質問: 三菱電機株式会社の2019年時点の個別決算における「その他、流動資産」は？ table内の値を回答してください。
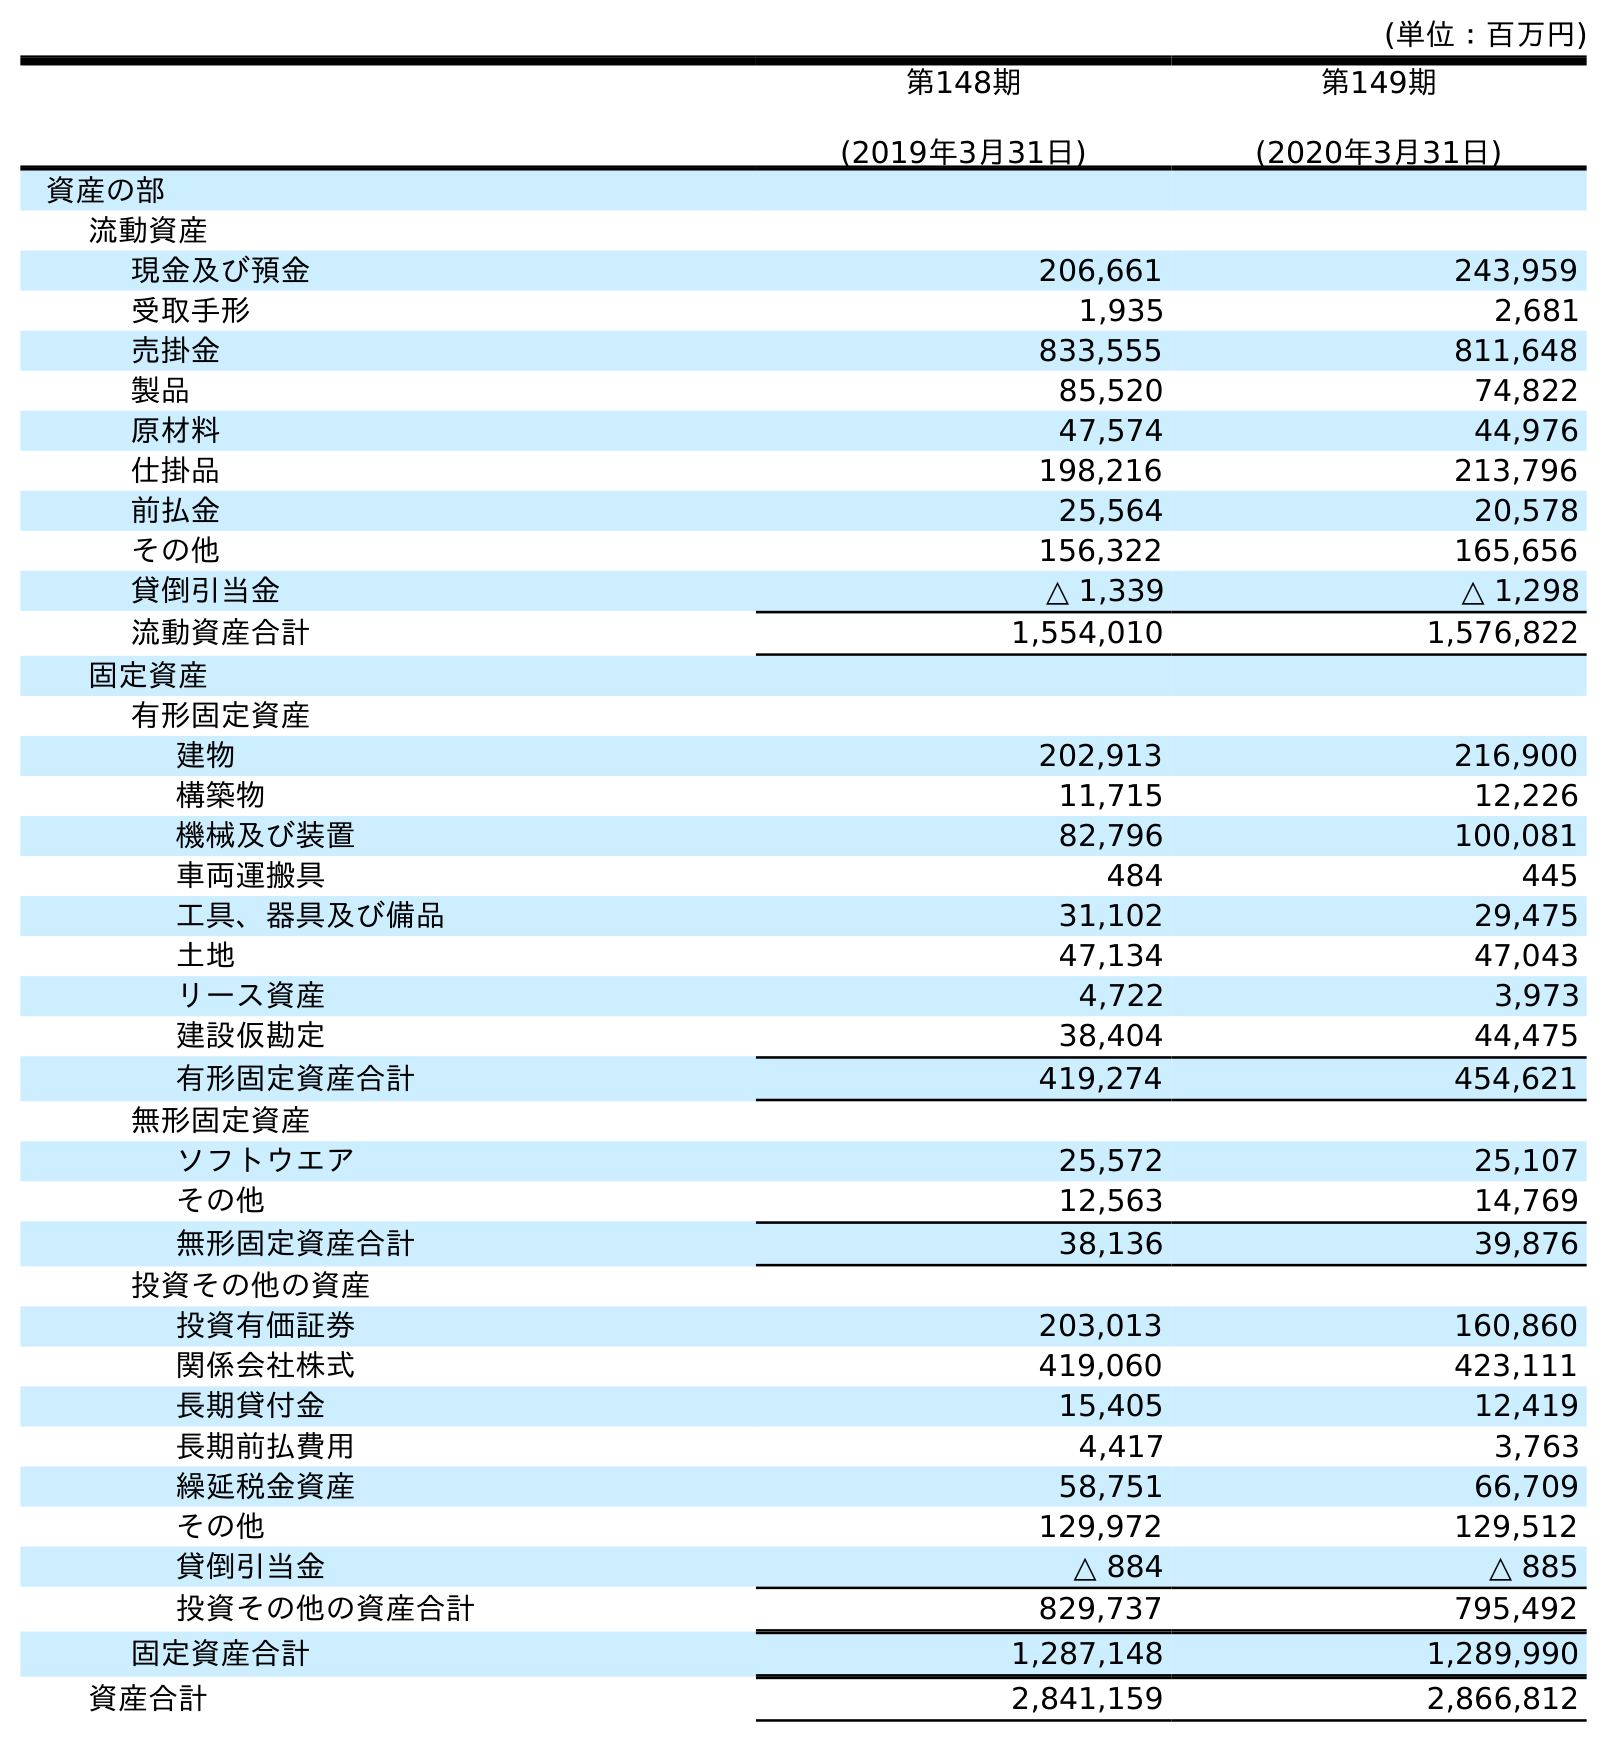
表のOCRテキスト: (単位：百万円) 第148期 (2019年3月31日) 第149期 (2020年3月31日) 資産の部 流動資産 現金及び預金 206,661 243,959 受取手形 1,935 2,681 売掛金 833,555 811,648 製品 85,520 74,822 原材料 47,574 44,976 仕掛品 198,216 213,796 前払金 25,564 20,578 その他 156,322 165,656 貸倒引当金 △ 1,339 △ 1,298 流動資産合計 1,554,010 1,576,822 固定資産 有形固定資産 建物 202,913 216,900 構築物 11,715 12,226 機械及び装置 82,796 100,081 車両運搬具 484 445 工具、器具及び備品 31,102 29,475 土地 47,134 47,043 リース資産 4,722 3,973 建設仮勘定 38,404 44,475 有形固定資産合計 419,274 454,621 無形固定資産 ソフトウエア 25,572 25,107 その他 12,563 14,769 無形固定資産合計 38,136 39,876 投資その他の資産 投資有価証券 203,013 160,860 関係会社株式 419,060 423,111 長期貸付金 15,405 12,419 長期前払費用 4,417 3,763 繰延税金資産 58,751 66,709 その他 129,972 129,512 貸倒引当金 △ 884 △ 885 投資その他の資産合計 829,737 795,492 固定資産合計 1,287,148 1,289,990 資産合計 2,841,159 2,866,812
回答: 156,322